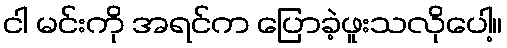
ငါ မင်းကို အရင်က ပြောခဲ့ဖူးသလိုပေါ့။